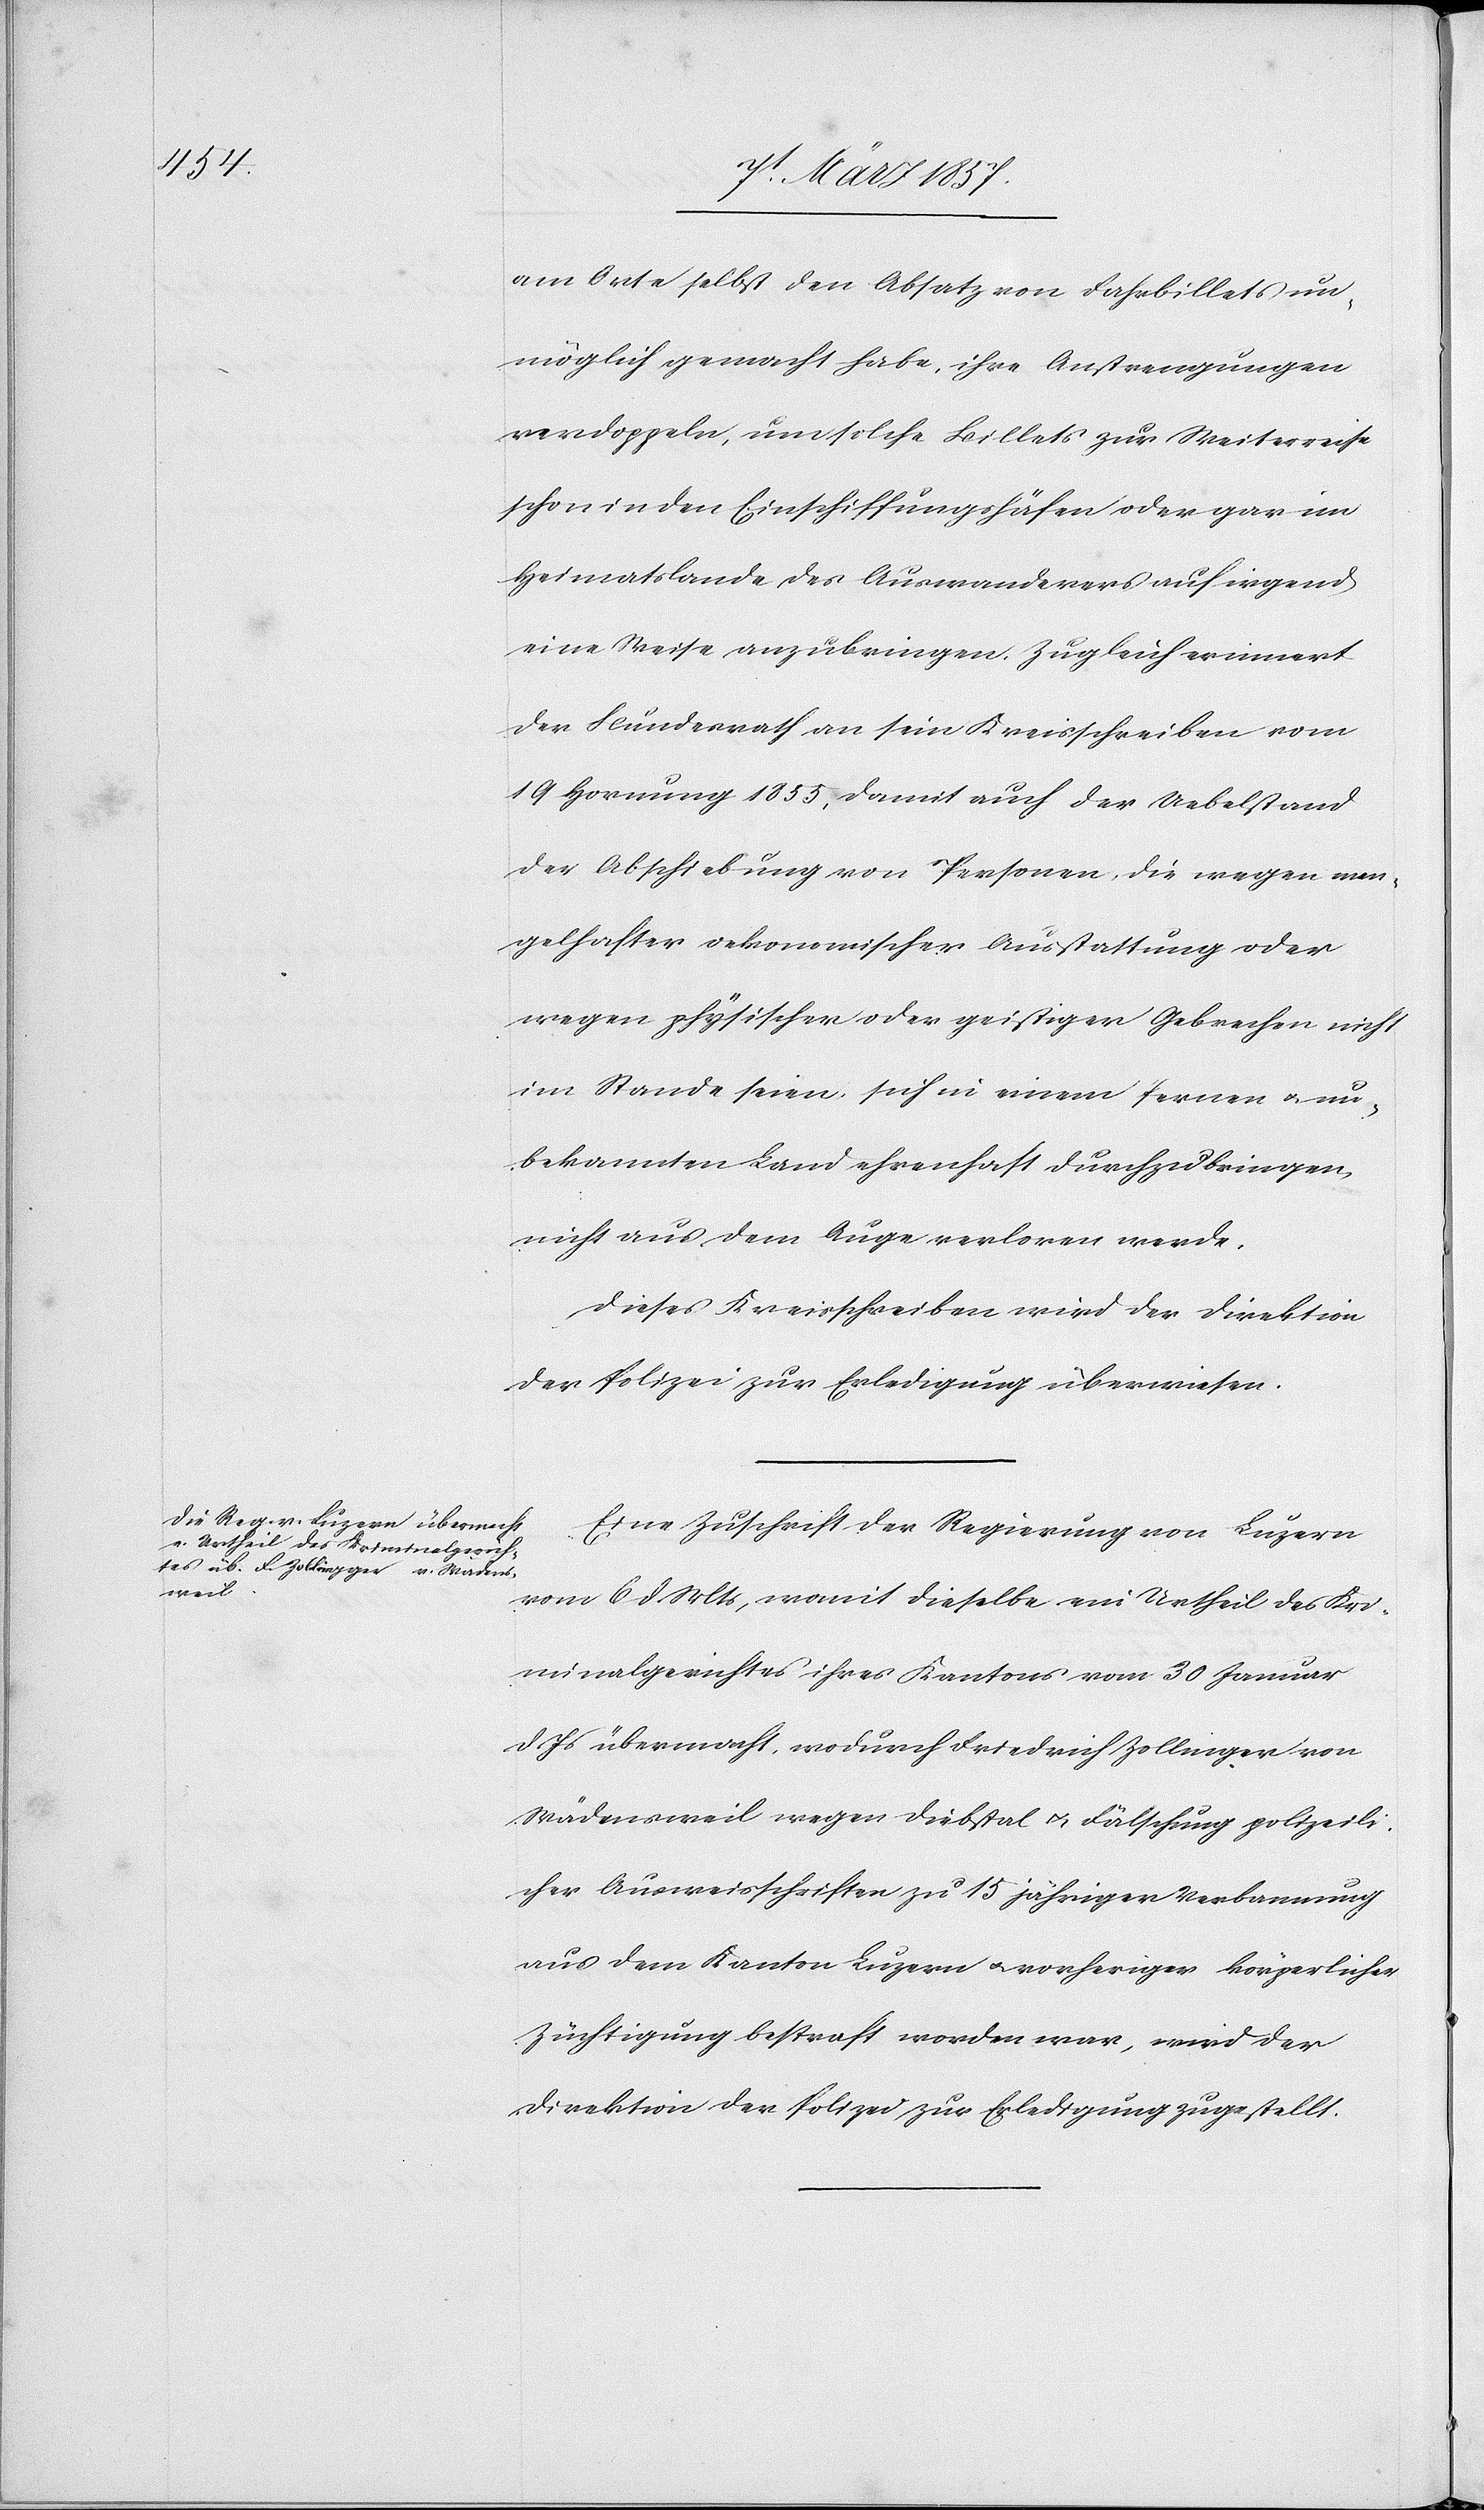
am Orte selbst den Absatz von Fahrbillets un¬
möglich gemacht habe, ihre Anstrengungen
verdoppeln, um solche Billets zur Weiterreise
schon in den Einschiffungshäfen oder gar im
Heimatslande des Auswanderers auf irgend
eine Weise anzubringen. Zugleich erinnert
der Bundesrath an sein Kreisschreiben vom
19 Hornung 1855, damit auch der Uebelstand
der Abschiebung von Personen, die wegen man¬
gelhafter oekonomischer Ausstattung oder
wegen physischer oder geistiger Gebrechen nicht
im Stande seien, sich in einem fernen u. un¬
bekannten Land ehrenhaft durchzubringen,
nicht aus dem Auge verloren werde.
Dieses Kreisschreiben wird der Direktion
der Polizei zur Erledigung überwiesen.
Eine Zuschrift der Regierung von Luzern
vom 6 d. Mts, womit dieselbe ein Urtheil des Kri¬
minalgerichtes ihres Kantons vom 30 Januar
d Js übermacht, wodurch Friedrich Zollinger
Wädensweil wegen Diebstal u. Fälschung polizeili¬
cher Ausweisschriften zu 15 jähriger Verbannung
aus dem Kanton Luzern u. vorheriger körperlicher
Züchtigung bestraft worden war, wird der
Direktion der Polizei zur Erledigung zugestellt.